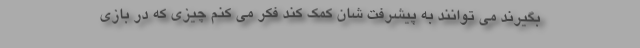
بگیرند می توانند به پیشرفت شان کمک کند فکر می کنم چیزی که در بازی